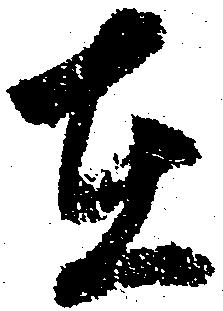
在